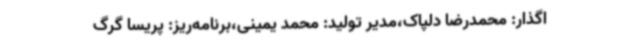
اگذار: محمدرضا دلپاک،مدیر تولید: محمد یمینی،برنامه‌ریز: پریسا گرگ